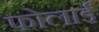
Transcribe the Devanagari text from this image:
फोलाई